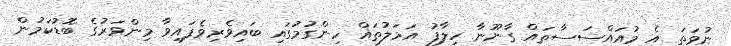
ނުވަތަ އެ މުއައްސަސާތައް ގާނޫނާ ހިލާފު އަމަލުތައް ހިންގުމުގައި ބައިވެރިވެފައިވާ މިންވަރުގެ ބޮޑުކަމުން